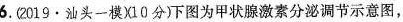
6.2019·汕头一模X10分)下图为甲状腺激素分泌调节示意图，